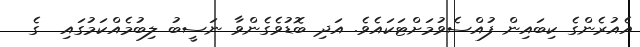
އެއުރެންގެ ކިބައިން ފުއްސެވުމަށްޓަކައެވެ. އަދި ބޮޑުވެގެންވާ ނަސީބު ލިބުމެއްކަމުގައި  ގެ